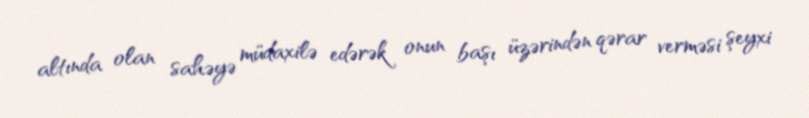
altında olan sahəyə müdaxilə edərək onun başı üzərindən qərar verməsi şeyxi